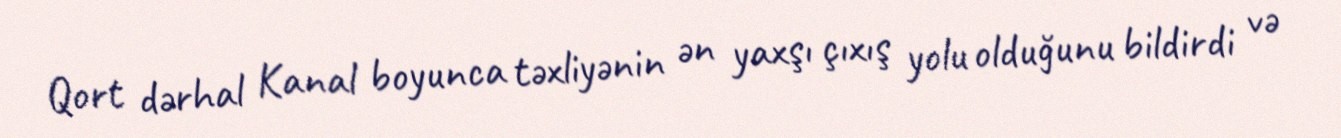
Qort dərhal Kanal boyunca təxliyənin ən yaxşı çıxış yolu olduğunu bildirdi və